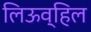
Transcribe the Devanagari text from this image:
लिऊव्हिल